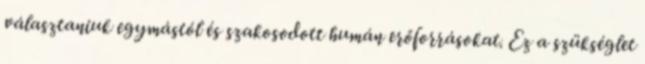
választaniuk egymástól és szakosodott humán erőforrásokat. Ez a szükséglet